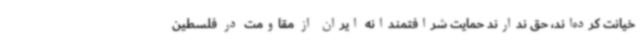
خیانت کرده‌اند، حق ندارند حمایت شرافتمندانه ایران از مقاومت در فلسطین